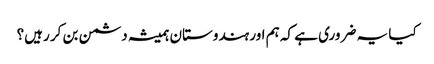
کیا یہ ضروری ہے کہ ہم اور ہندوستان ہمیشہ دشمن بن کر رہیں؟